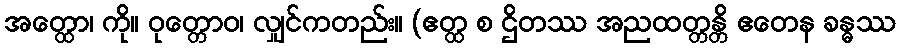
အတ္ထော၊ ကို။ ဝုတ္တောဝ၊ လျှင်ကတည်း။ (ဧတ္ထ စ ဌိတဿ အညထတ္တန္တိ ဧတေန ခန္ဓဿ